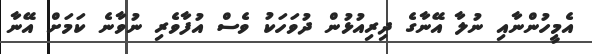
އެމީހުންނާއި ނުލާ އޭނާގެ ދިރިއުޅުން ދުވަހަކު ވެސް އުފާވެރި ނުވާނެ ކަމަށް އޭނާ